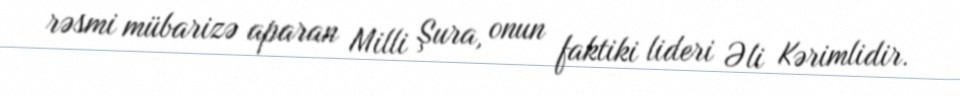
rəsmi mübarizə aparan Milli Şura, onun faktiki lideri Əli Kərimlidir.